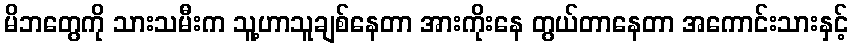
မိဘတွေကို သားသမီးက သူ့ဟာသူချစ်နေတာ အားကိုးနေ တွယ်တာနေတာ အကောင်းသားနှင့်